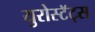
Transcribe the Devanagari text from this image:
युरोस्टॅट्स